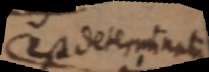
Est determinati